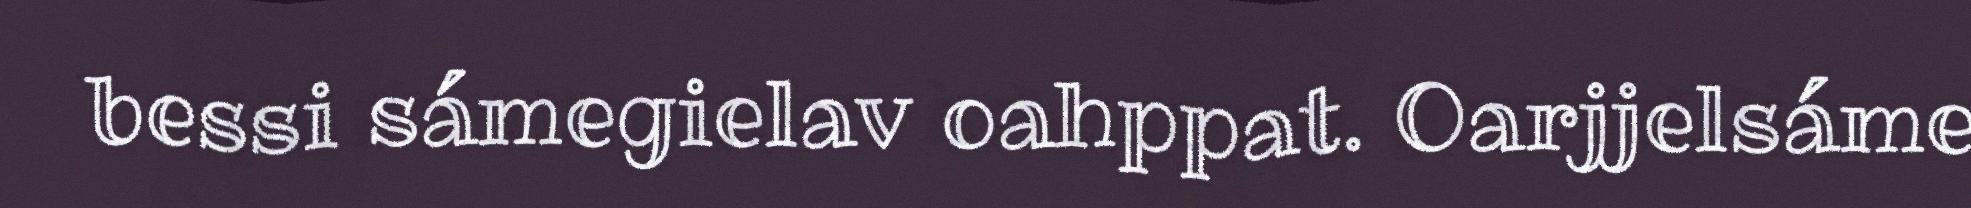
bessi sámegielav oahppat. Oarjjelsáme